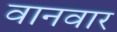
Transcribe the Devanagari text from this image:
वानवार